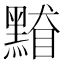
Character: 𪑥